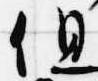
但